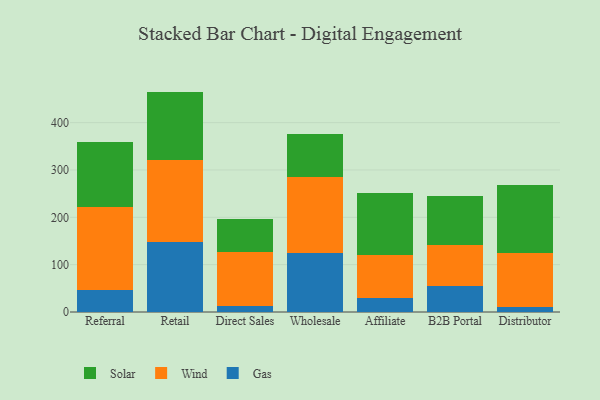
{"axis": {"x": "Channel", "y": "Gross Profit (USD K)"}, "legend": ["Gas", "Solar", "Wind"], "data": [{"x": "Referral", "y": 46.9, "type": "Gas"}, {"x": "Referral", "y": 175.6, "type": "Wind"}, {"x": "Referral", "y": 136.7, "type": "Solar"}, {"x": "Retail", "y": 148.6, "type": "Gas"}, {"x": "Retail", "y": 172.6, "type": "Wind"}, {"x": "Retail", "y": 144.3, "type": "Solar"}, {"x": "Direct Sales", "y": 12.9, "type": "Gas"}, {"x": "Direct Sales", "y": 113.2, "type": "Wind"}, {"x": "Direct Sales", "y": 70.2, "type": "Solar"}, {"x": "Wholesale", "y": 125.2, "type": "Gas"}, {"x": "Wholesale", "y": 160.2, "type": "Wind"}, {"x": "Wholesale", "y": 91.5, "type": "Solar"}, {"x": "Affiliate", "y": 30.1, "type": "Gas"}, {"x": "Affiliate", "y": 90.8, "type": "Wind"}, {"x": "Affiliate", "y": 131.1, "type": "Solar"}, {"x": "B2B Portal", "y": 55.0, "type": "Gas"}, {"x": "B2B Portal", "y": 86.3, "type": "Wind"}, {"x": "B2B Portal", "y": 103.0, "type": "Solar"}, {"x": "Distributor", "y": 10.4, "type": "Gas"}, {"x": "Distributor", "y": 115.2, "type": "Wind"}, {"x": "Distributor", "y": 143.4, "type": "Solar"}]}